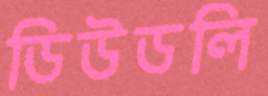
ডিউডলি